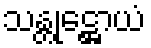
သန္တုဋ္ဌောယံ